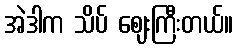
အဲဒါက သိပ် ဈေးကြီးတယ်။